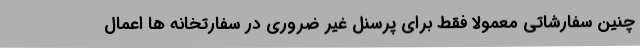
چنین سفارشاتی معمولاً فقط برای پرسنل غیر ضروری در سفارتخانه ها اعمال